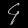
Digit: ၄